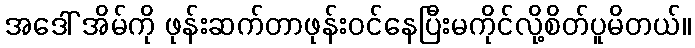
အဒေါ် အိမ်ကို ဖုန်းဆက်တာဖုန်းဝင်နေပြီးမကိုင်လို့စိတ်ပူမိတယ်။